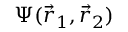
\Psi ( \vec { r } _ { 1 } , \vec { r } _ { 2 } )